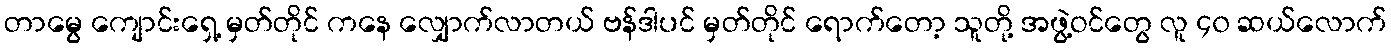
တာမွေ ကျောင်းရှေ့ မှတ်တိုင် ကနေ လျှောက်လာတယ် ဗန်ဒါပင် မှတ်တိုင် ရောက်တော့ သူတို့ အဖွဲ့ဝင်တွေ လူ ၄၀ ဆယ်လောက်